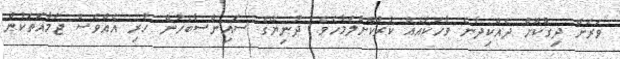
ވަރަށް ދިގުކޮށް ދެއްކިދާނެ ވާހަކައެއް ކުރުކޮށްލަމާހެވެ. ދުނިޔޭގެ ސައިންސާބެހުން ހުރި އެއްވެސް ޖަމާއަތަކުން